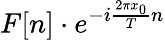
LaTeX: F[n]\cdot e^{-i{\frac{2\pi x_{0}}{T}}n}